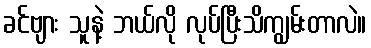
ခင်ဗျား သူနဲ့ ဘယ်လို လုပ်ပြီးသိကျွမ်းတာလဲ။